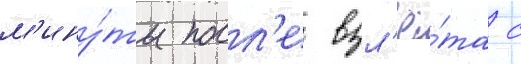
м'ину́ты посл'е взл'ё́та с